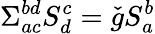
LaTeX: \Sigma_{ac}^{bd}S_{d}^{c}=\check{g}S_{a}^{b}